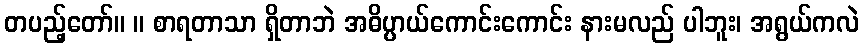
တပည့်တော်။ ။ စာရတာသာ ရှိတာဘဲ အဓိပ္ပာယ်ကောင်းကောင်း နားမလည် ပါဘူး၊ အရွယ်ကလဲ